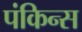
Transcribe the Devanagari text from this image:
पंकिन्स